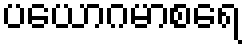
ပယောဂမာစရေ